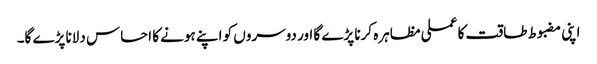
اپنی مضبوط طاقت کا عملی مظاہرہ کرنا پڑے گا اور دوسروں کو اپنے ہونے کا احساس دلانا پڑے گا۔